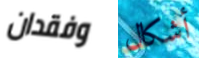
وفقدان أشكال